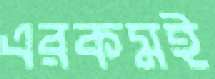
এরকমই